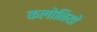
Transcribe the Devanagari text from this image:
कलोनियो